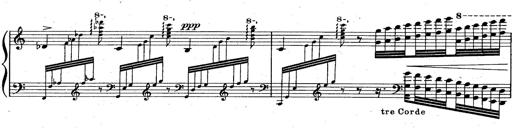
Title: God Save the Queen
Composer: Charles LÃ©on Hess
Key: A major